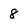
Character: 8